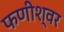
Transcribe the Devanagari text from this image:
फणीश्‍वर